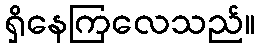
ရှိနေကြလေသည်။